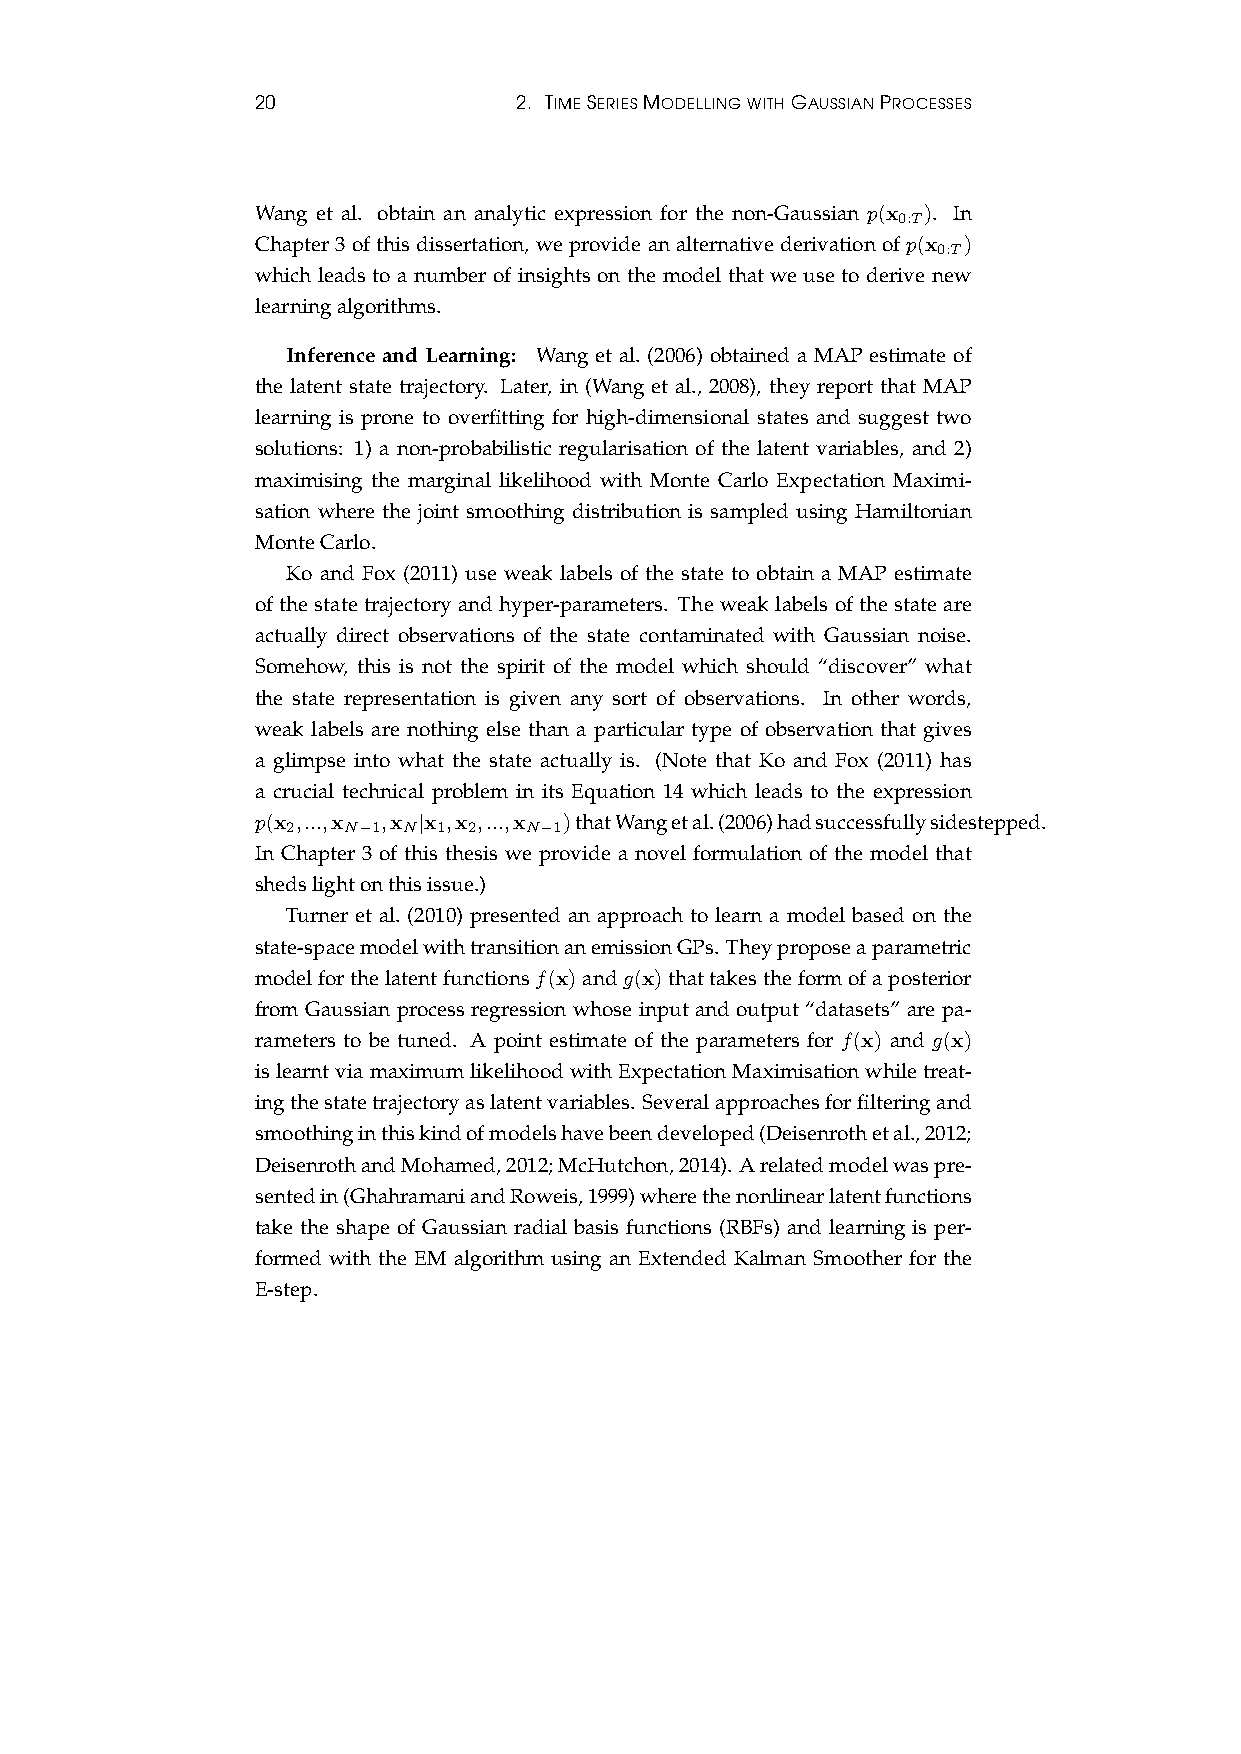
20               2. TIMESERIESMODELLINGWITHGAUSSIANPROCESSES
 Wang et al. obtain an analytic expression for the non-Gaussian p(x ). In
 0:T
 Chapter3ofthisdissertation, weprovideanalternativederivationofp(x )
 0:T
 which leads to a number of insights on the model that we use to derive new
 learningalgorithms.
 Inference and Learning: Wang et al. (2006) obtained a MAP estimate of
 the latent state trajectory. Later, in (Wang et al., 2008), they report that MAP
 learning is prone to overfitting for high-dimensional states and suggest two
 solutions: 1) a non-probabilistic regularisation of the latent variables, and 2)
 maximising the marginal likelihood with Monte Carlo Expectation Maximi-
 sation where the joint smoothing distribution is sampled using Hamiltonian
 MonteCarlo.
 Ko and Fox (2011) use weak labels of the state to obtain a MAP estimate
 of the state trajectory and hyper-parameters. The weak labels of the state are
 actually direct observations of the state contaminated with Gaussian noise.
 Somehow, this is not the spirit of the model which should “discover” what
 the state representation is given any sort of observations. In other words,
 weak labels are nothing else than a particular type of observation that gives
 a glimpse into what the state actually is. (Note that Ko and Fox (2011) has
 a crucial technical problem in its Equation 14 which leads to the expression
 p(x ,...,x ,x |x ,x ,...,x )thatWangetal.(2006)hadsuccessfullysidestepped.
 2   N−1 N 1 2   N−1
 In Chapter 3 of this thesis we provide a novel formulation of the model that
 shedslightonthisissue.)
 Turner et al. (2010) presented an approach to learn a model based on the
 state-spacemodelwithtransitionanemissionGPs. Theyproposeaparametric
 modelforthelatentfunctionsf(x)andg(x)thattakestheformofaposterior
 from Gaussian process regression whose input and output “datasets” are pa-
 rameters to be tuned. A point estimate of the parameters for f(x) and g(x)
 islearntviamaximumlikelihoodwithExpectationMaximisationwhiletreat-
 ingthestatetrajectoryaslatentvariables. Severalapproachesforfilteringand
 smoothinginthiskindofmodelshavebeendeveloped(Deisenrothetal.,2012;
 DeisenrothandMohamed,2012;McHutchon,2014). Arelatedmodelwaspre-
 sentedin(GhahramaniandRoweis,1999)wherethenonlinearlatentfunctions
 take the shape of Gaussian radial basis functions (RBFs) and learning is per-
 formed with the EM algorithm using an Extended Kalman Smoother for the
 E-step.